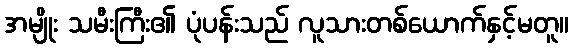
အမျိုး သမီးကြီး၏ ပုံပန်းသည် လူသားတစ်ယောက်နှင့်မတူ။